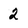
Character: 2